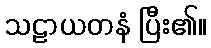
သဠာယတနံ ပြီး၏။